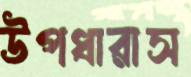
উপধারাস